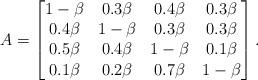
LaTeX: \begin{align*}A= \begin{bmatrix}1-\beta & 0.3 \beta & 0.4 \beta & 0.3 \beta\\ 0.4 \beta & 1-\beta & 0.3 \beta & 0.3 \beta\\0.5\beta & 0.4\beta & 1-\beta & 0.1 \beta\\0.1\beta & 0.2\beta & 0.7\beta & 1-\beta \end{bmatrix}.\end{align*}